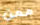
ممن